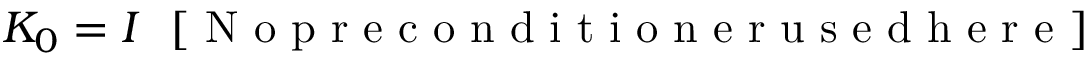
{ \cal K } _ { 0 } = { \cal I } ~ ~ [ \mathrm { ~ N ~ o ~ p ~ r ~ e ~ c ~ o ~ n ~ d ~ i ~ t ~ i ~ o ~ n ~ e ~ r ~ u ~ s ~ e ~ d ~ h ~ e ~ r ~ e ~ } ]